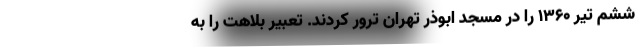
ششم تیر 1360 را در مسجد ابوذر تهران ترور کردند. تعبیر بلاهت را به